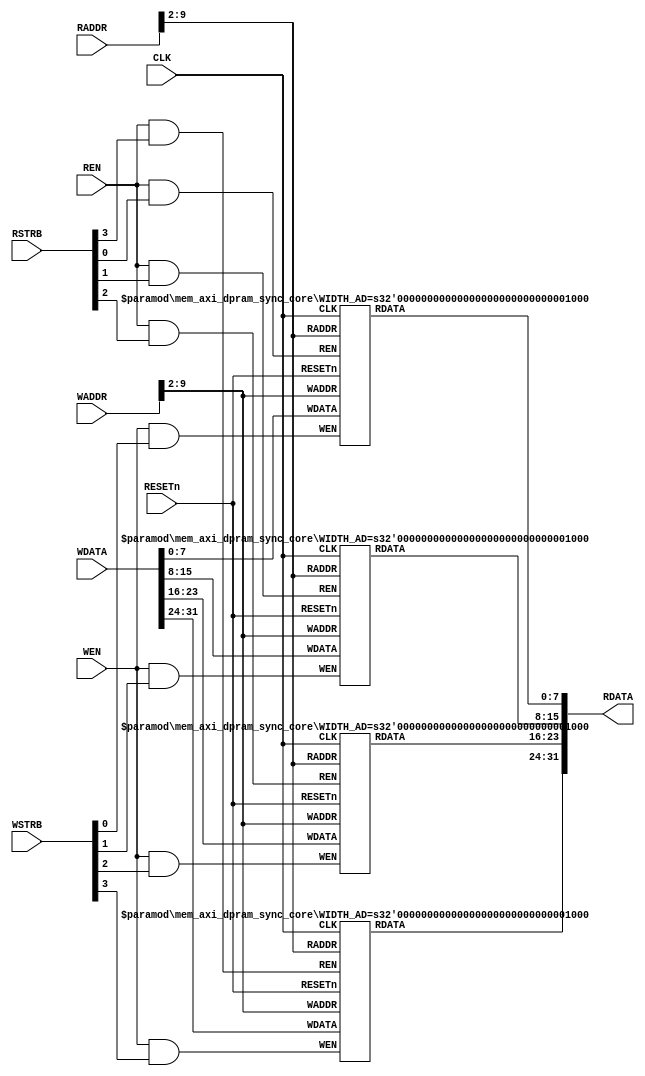
//--------------------------------------------------------
// Copyright (c) 2013 by Ando Ki.
// All right reserved.
//--------------------------------------------------------
// mem_axi_dpram_sync.v
//--------------------------------------------------------
// VERSION = 2013.02.03.
//--------------------------------------------------------
// Simple Dual-Port RAM
//  - one port for write
//  - one port for read
//--------------------------------------------------------
// Macros and parameters:
//--------------------------------------------------------
// size of memory in byte: 1<<ADDR_LENGTH
// requires: 'WIDTH_DS' 8-bit BRAM of depth 1<<(ADDR_LENGTH-WIDTH_DSB)
//----------------------------------------------------------------
`timescale 1ns/1ns

module mem_axi_dpram_sync
     #(parameter WIDTH_AD =10 // size of memory in byte
               , WIDTH_DA =32 // width of a line in bytes
               , WIDTH_DS =(WIDTH_DA/8) // width of a line in bytes
               , WIDTH_DSB=clogb2(WIDTH_DS)
               )
(
        input  wire                RESETn
      , input  wire                CLK
      , input  wire [WIDTH_AD-1:0] WADDR
      , input  wire [WIDTH_DA-1:0] WDATA
      , input  wire [WIDTH_DS-1:0] WSTRB
      , input  wire                WEN
      , input  wire [WIDTH_AD-1:0] RADDR
      , output wire [WIDTH_DA-1:0] RDATA
      , input  wire [WIDTH_DS-1:0] RSTRB
      , input  wire                REN
);
    //----------------------------------------------------
    localparam DEPTH_BIT=(WIDTH_AD-WIDTH_DSB);
    localparam DEPTH=(1<<DEPTH_BIT);
    //----------------------------------------------------
    generate
    genvar bs;
    for (bs=0; bs<WIDTH_DS; bs=bs+1) begin: mem_core
        mem_axi_dpram_sync_core #(.WIDTH_AD(WIDTH_AD-WIDTH_DSB))
        Udpram_sync_core (
              .RESETn (RESETn             )
            , .CLK    (CLK                )
            , .WADDR  (WADDR[WIDTH_AD-1:WIDTH_DSB])
            , .WDATA  (WDATA[8*bs+7:8*bs] )
            , .WEN    (WEN&WSTRB[bs]      )
            , .RADDR  (RADDR[WIDTH_AD-1:WIDTH_DSB])
            , .RDATA  (RDATA[8*bs+7:8*bs] )
            , .REN    (REN&RSTRB[bs]      )
        );
    end
    endgenerate
    //-------------------------------------------------------
    function integer clogb2;
    input [31:0] value;
    reg   [31:0] tmp;
    begin
       tmp = value - 1;
       for (clogb2 = 0; tmp > 0; clogb2 = clogb2 + 1)
          tmp = tmp >> 1;
       end
    endfunction
    //-----------------------------------------------------------
endmodule
//----------------------------------------------------------------
module mem_axi_dpram_sync_core #(parameter WIDTH_AD=8)
(
       input  wire                 RESETn
     , input  wire                 CLK
     , input  wire [WIDTH_AD-1:0]  WADDR
     , input  wire [7:0]           WDATA
     , input  wire                 WEN
     , input  wire [WIDTH_AD-1:0]  RADDR
     , output reg  [7:0]           RDATA
     , input  wire                 REN
);
     //-----------------------------------------------------------
     localparam DEPTH = (1<<WIDTH_AD);
     //-----------------------------------------------------------
     reg [7:0] mem[0:DEPTH-1];
     //-----------------------------------------------------------
     // write case
     always @ (posedge CLK or negedge RESETn) begin
          if (RESETn==1'b0) begin
          end else begin
              if (WEN==1'b1) begin
                  mem[WADDR] <= WDATA;
              end
          end
     end
     //-----------------------------------------------------------
     // read case
     always @ (posedge CLK or negedge RESETn) begin
          if (RESETn==1'b0) begin
              RDATA <= 'h0;
          end else begin
              if (REN==1'b1) begin
                  if ((WEN==1'b1)&&(RADDR==WADDR)) begin
                      RDATA <= WDATA;
                  end else begin
                      RDATA <= mem[RADDR];
                  end
              end
             // synopsys translate_off
             else begin
                 RDATA <= 'hX;
             end
             // synopsys translate_on
          end
     end
     //-----------------------------------------------------------
endmodule
//--------------------------------------------------------
// Revision History
//
// 2013.02.03: Start by Ando Ki (adki@dynalith.com)
//--------------------------------------------------------